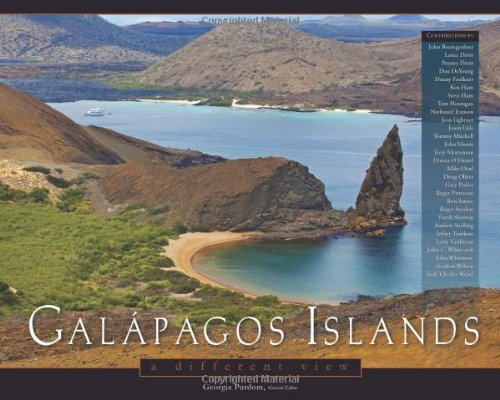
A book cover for Galapagos Islands: A Different View; Georgia Purdom; Travel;